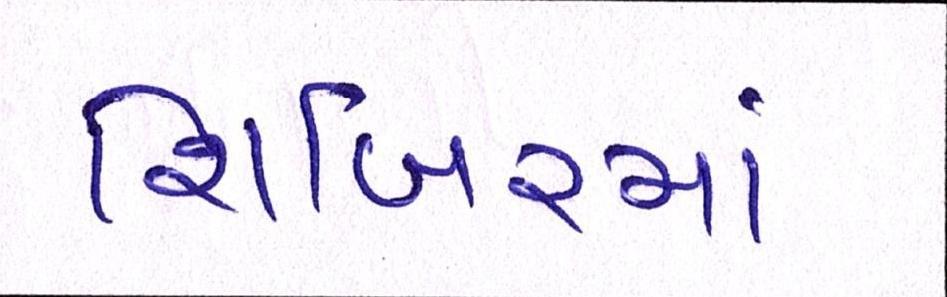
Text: શિબિરમાં